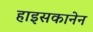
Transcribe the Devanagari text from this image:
हाइसकानेन